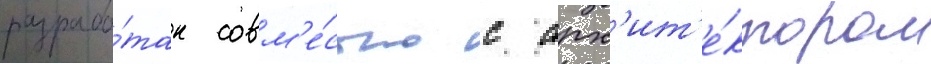
разрабо́тан совм'е́стно с арх'ит'е́ктором